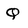
Character: Q